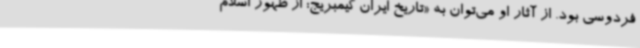
فردوسی بود. از آثار او می‌توان به «تاریخ ایران کیمبریج: از ظهور اسلام